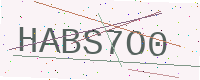
Text: HABS7O0